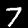
Digit: 7